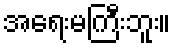
အရေးမကြီးဘူး။